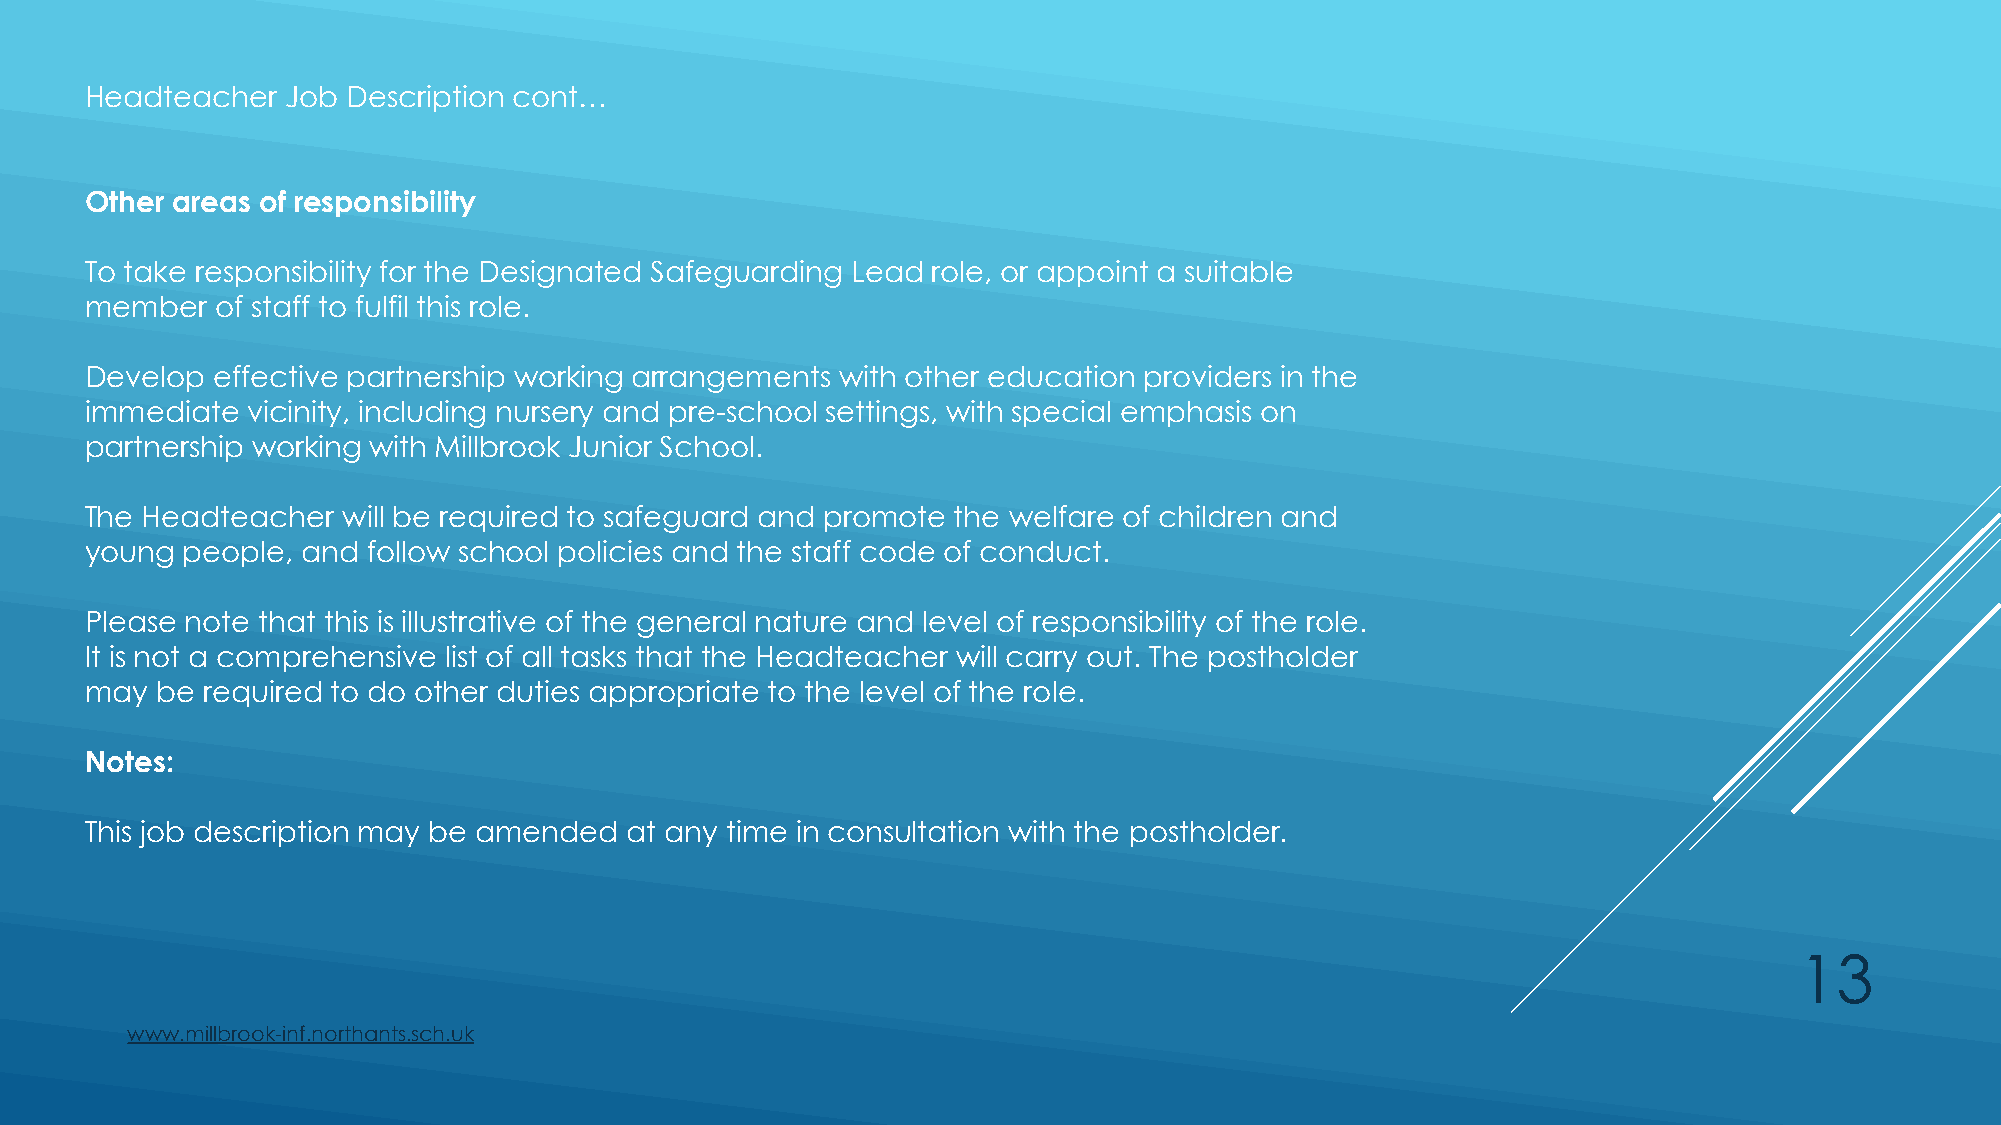
Headteacher  Job Description cont…
 Other areas of responsibility
 To take responsibility for the Designated Safeguarding Lead role, or appoint a suitable
 member  of staff to fulfil this role.
 Develop effective partnership working arrangements with other education providers in the
 immediate vicinity, including nursery and pre-school settings, with special emphasis on
 partnership working with Millbrook Junior School.
 The Headteacher  will be required to safeguard and promote the welfare of children and
 young people, and follow school policies and the staff code of conduct.
 Please note that this is illustrative of the general nature and level of responsibility of the role.
 It is not a comprehensive list of all tasks that the Headteacher will carry out. The postholder
 may be required to do other duties appropriate to the level of the role.
 Notes:
 This job description may be amended at any time in consultation with the postholder.
 13
 www.millbrook-inf.northants.sch.uk